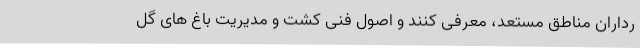
رداران مناطق مستعد، معرفی کنند و اصول فنی کشت و مدیریت باغ های گل